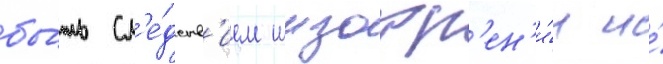
бы́ть сл'е́дств'ием шизофр'ен'и́и и́